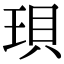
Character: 珼